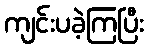
ကျင်းပခဲ့ကြပြီး